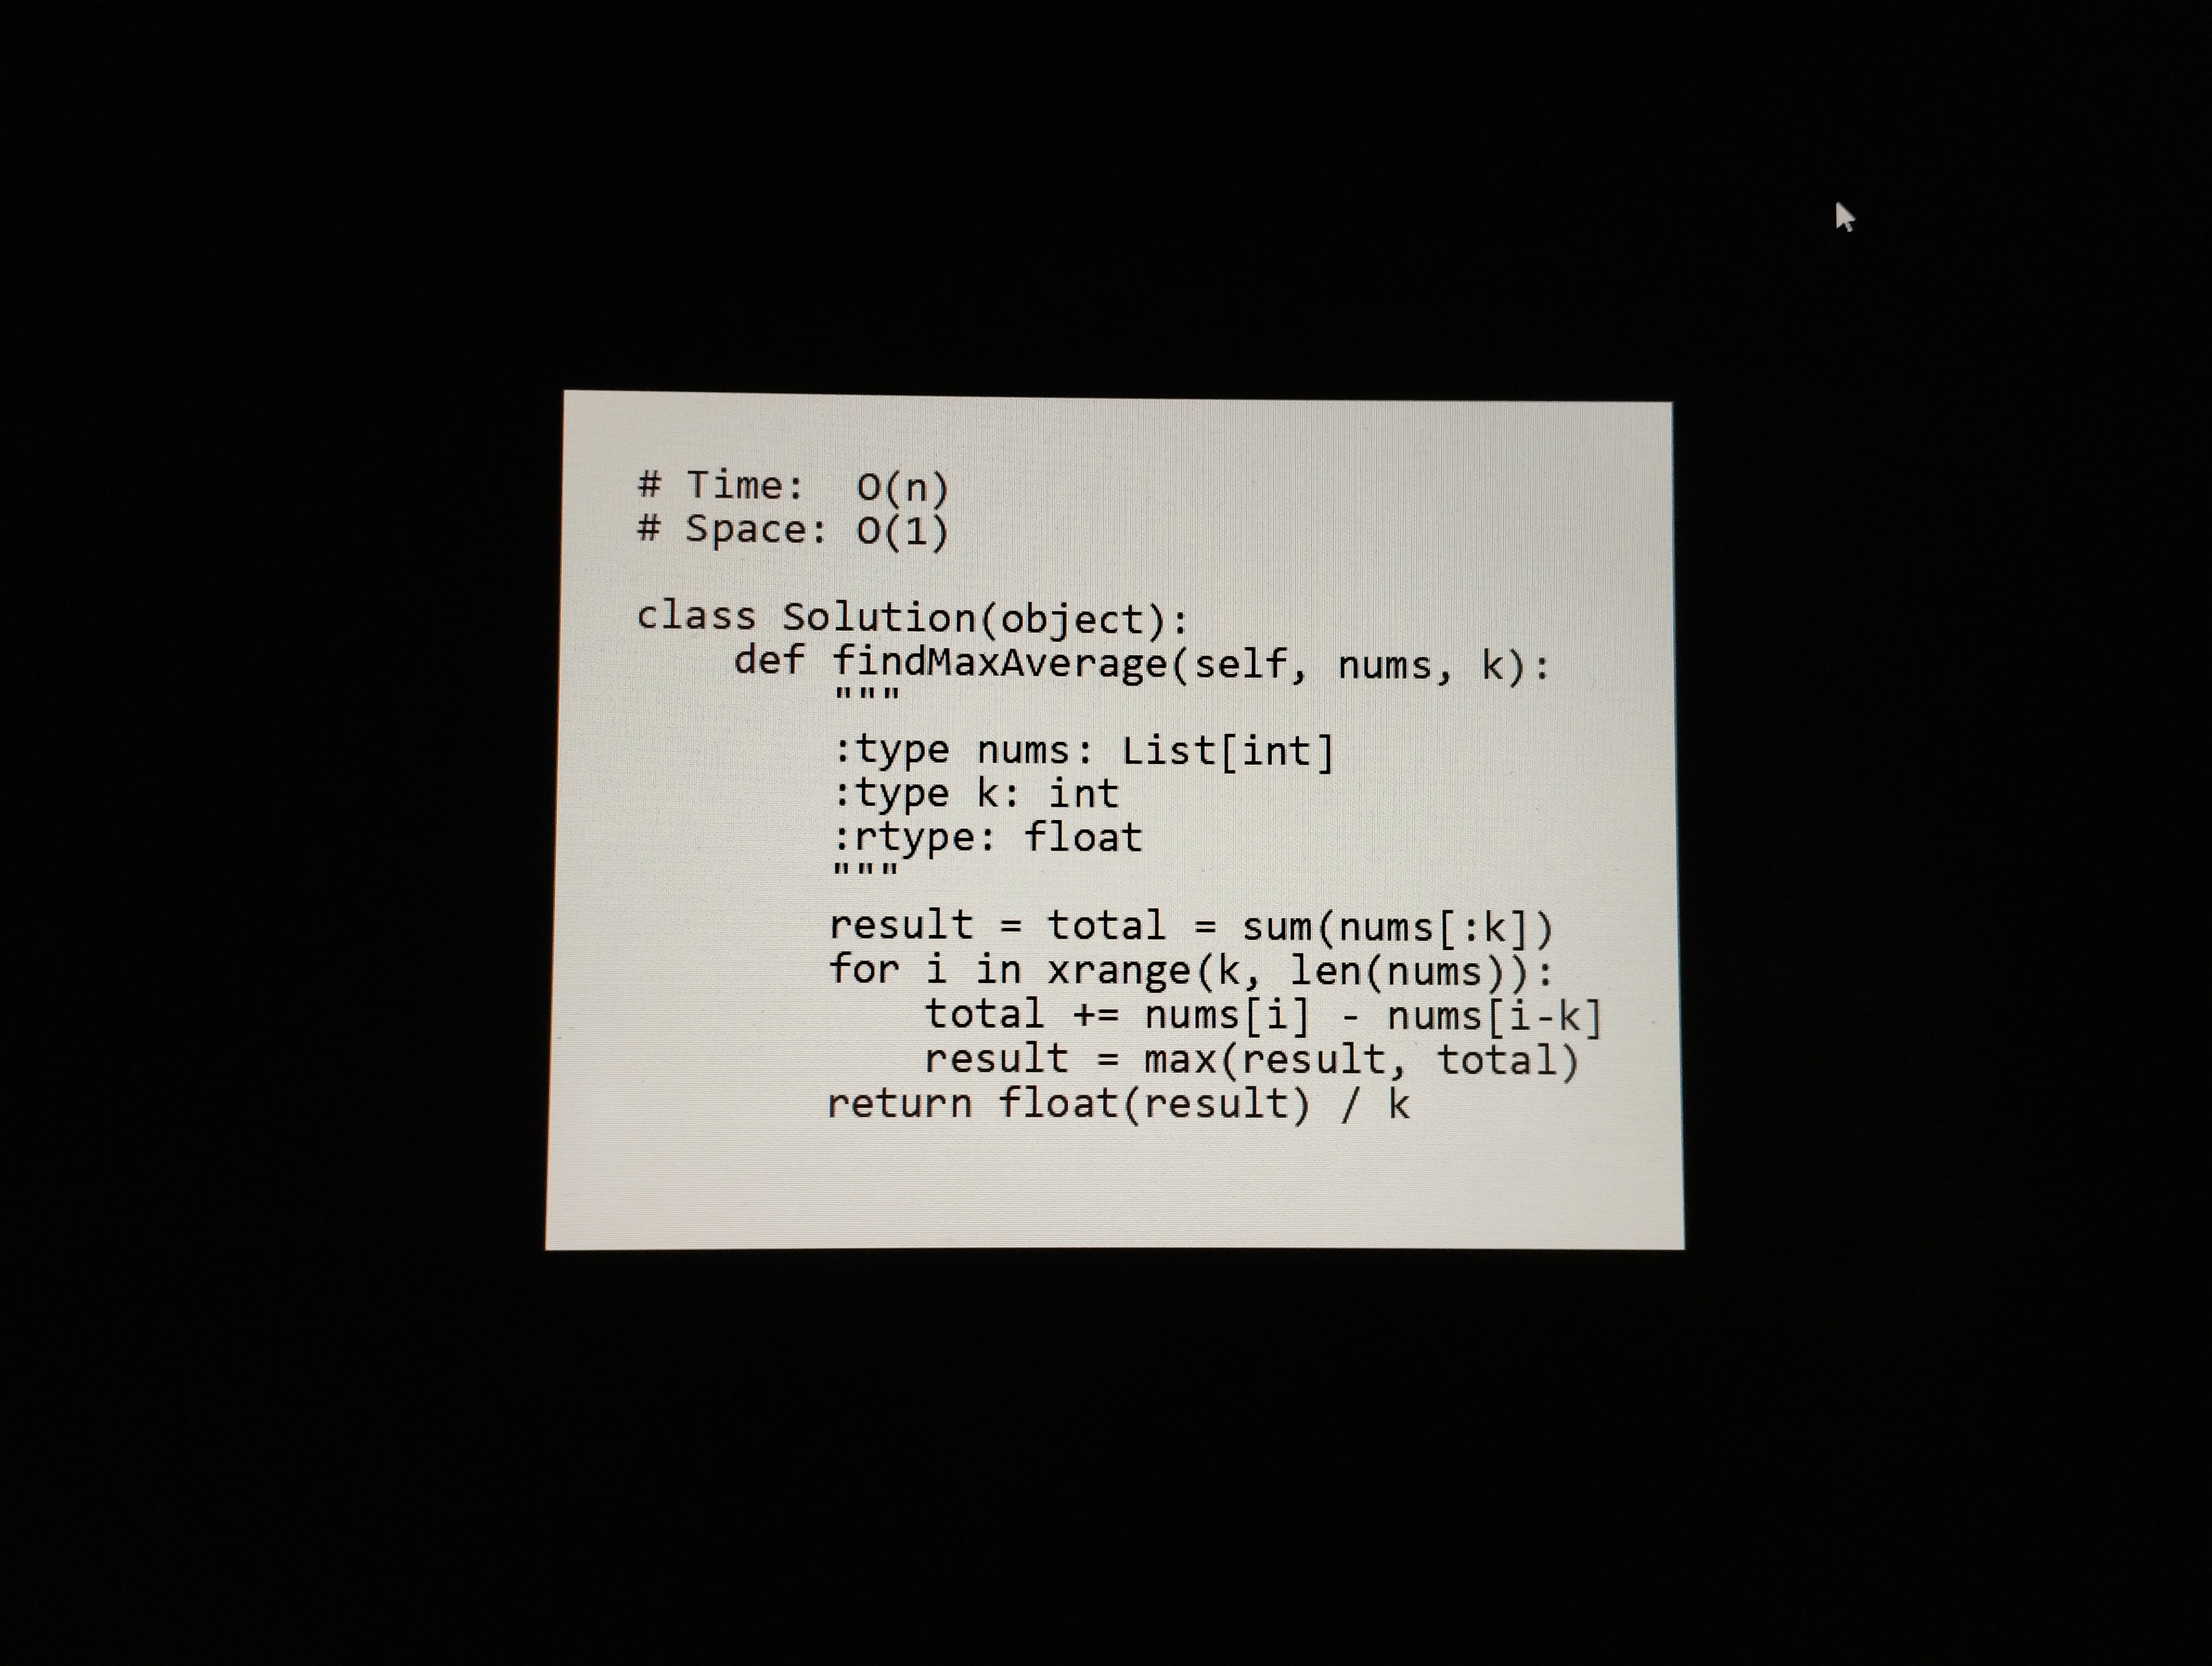
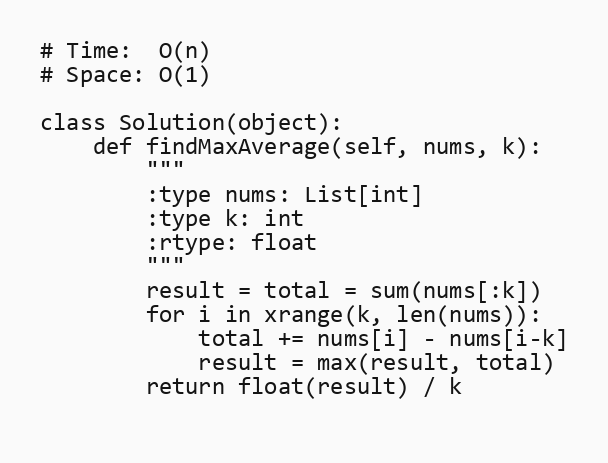
# Time:  O(n)
# Space: O(1)

class Solution(object):
    def findMaxAverage(self, nums, k):
        """
        :type nums: List[int]
        :type k: int
        :rtype: float
        """
        result = total = sum(nums[:k])
        for i in xrange(k, len(nums)):
            total += nums[i] - nums[i-k]
            result = max(result, total)
        return float(result) / k